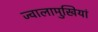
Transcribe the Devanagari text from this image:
ज्वालामुखियां